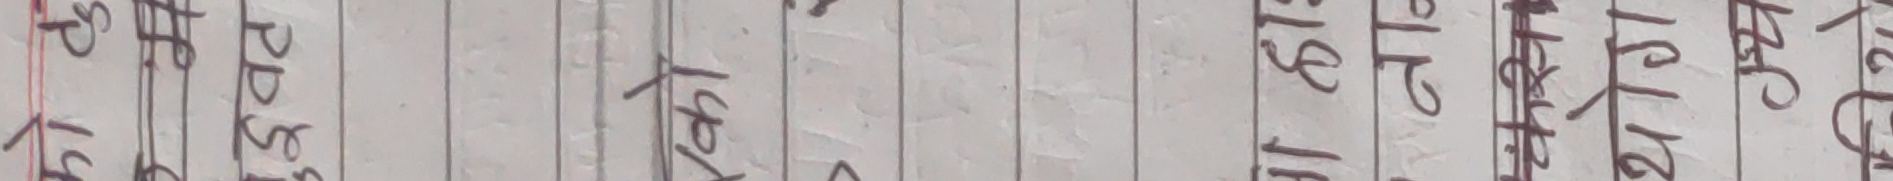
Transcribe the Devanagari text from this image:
प१५ प्र.सुइ राजु केसी १९२०